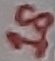
Text: 18